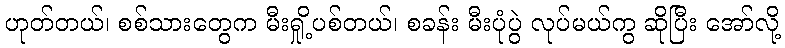
ဟုတ်တယ်၊ စစ်သားတွေက မီးရှို့ပစ်တယ်၊ စခန်း မီးပုံပွဲ လုပ်မယ်ကွ ဆိုပြီး အော်လို့